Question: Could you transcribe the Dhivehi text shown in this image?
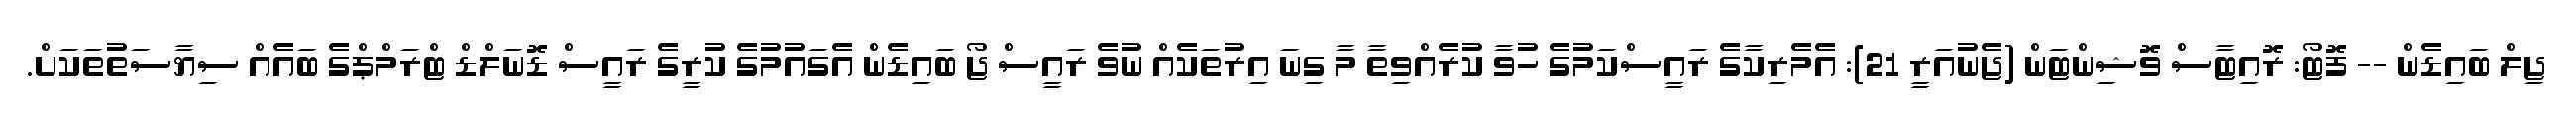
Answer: ޖިލް ބައިޑެން -- ފޮޓޯ: ރޮއިޓާސް ވޮޝިންޓަން (ޖެނުއަރީ 21): އެމެރިކާގެ ރައީސްކަމުގެ ހުވާ ކުރެއްވިތާ މާ ގިނަ އިރުތަކެއް ނުވެ ރައީސް ޖޯ ބައިޑެން އެގައުމުގެ ކުރީގެ ރައީސް ޑޮނަލްޑް ޓްރަމްޕްގެ ބައެއް ސިޔާސަތުތަކަށް.